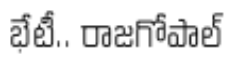
భేటీ.. రాజగోపాల్